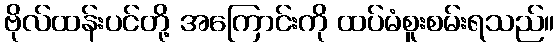
ဗိုလ်ထန်းပင်တို့ အကြောင်းကို ထပ်မံစူးစမ်းရသည်။